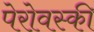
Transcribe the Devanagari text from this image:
पेरोवस्की